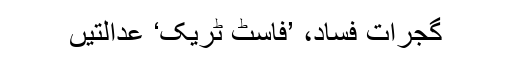
گجرات فساد، ’فاسٹ ٹریک‘ عدالتیں